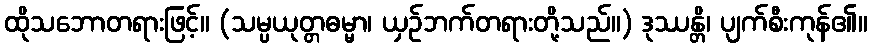
ထိုသဘောတရားဖြင့်။ (သမ္ပယုတ္တဓမ္မာ၊ ယှဉ်ဘက်တရားတို့သည်။) ဒုဿန္တိ၊ ပျက်စီးကုန်၏။